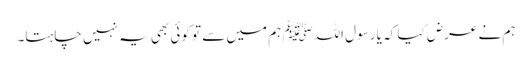
ہم نے عرض کیا کہ یا رسول اللہﷺ ہم میں سے تو کوئی بھی یہ نہیں چاہتا۔